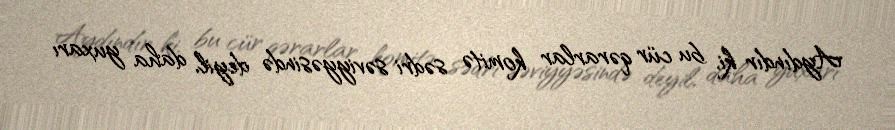
Aydındır ki, bu cür qərarlar komitə sədri səviyyəsində deyil, daha yuxarı